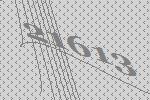
21613